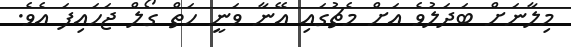
މިލާނަށް ބަދަލުވެ އަށް މެޗުގައި އޭނާ ވަނީ ހަތް ގޯލް ޖަހައިފަ އެވެ.